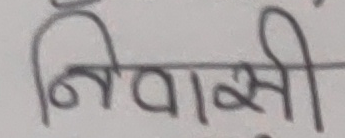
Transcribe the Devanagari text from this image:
निवासी